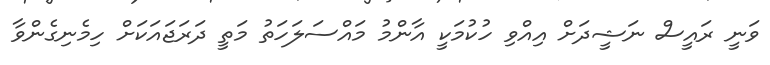
ވަނީ ރައީސް ނަޝީދަށް އިއްވި ހުކުމަކީ އާންމު މައްސަލަހަތު މަތީ ދަރަޖައަކަށް ހިމެނިގެންވާ